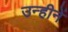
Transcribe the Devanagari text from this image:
उन्हीनें